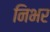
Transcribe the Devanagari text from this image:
निभर